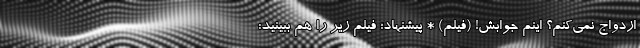
ازدواج نمی‌کنم؟ اینم جوابش! (فیلم) * پیشنهاد؛ فیلم‌ زیر را هم ببینید: